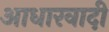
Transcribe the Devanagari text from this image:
आधारवादी